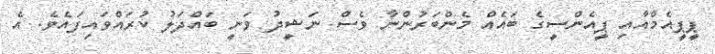
ޕީޕީއެމްއާއި ޕީއެންސީގެ ބައެއް މެންބަރުންނާ ވެސް ނަޝީދު ވަނީ ބައްދަލު ކުރައްވައިފައެވެ. އެ